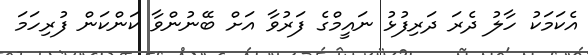
އެކަމަކު ހާލު ދެރަ ދަރިފުޅު ނައީމްގެ ފަރުވާ އަށް ބޭނުންވާ ކަންކަން ފުރިހަމަ